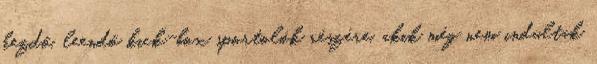
kezdő, leendő kick-box sportolók részére, akik még nem indultak